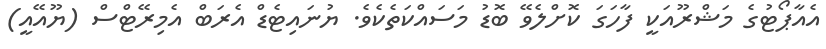
އެއާޕޯޓުގެ މަޝްރޫއަކީ ފާހަގަ ކޮށްލެވޭ ބޮޑު މަސައްކަތެކެވެ. ޔުނައިޓެޑް އެރަބް އެމިރޭޓްސް (ޔޫއޭއީ)